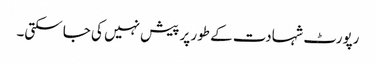
رپورٹ شہادت کے طور پر پیش نہیں کی جا سکتی۔